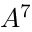
A ^ { 7 }